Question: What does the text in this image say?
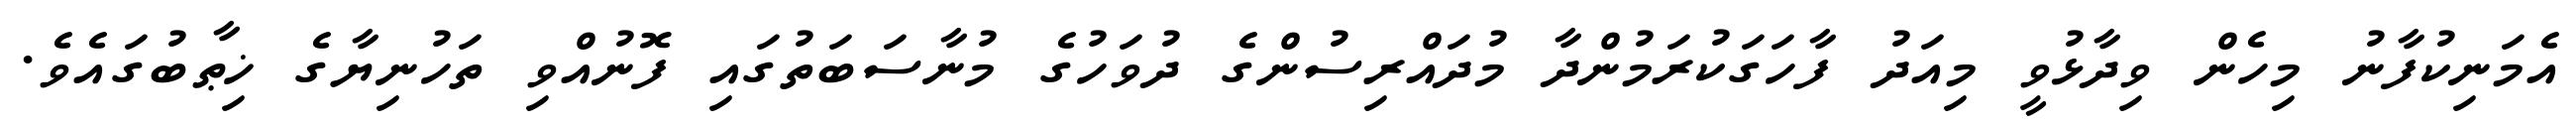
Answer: އެމަނިކުފާނު މިހެން ވިދާޅުވީ މިއަދު ފާހަގަކުރަމުންދާ މުދައްރިސުންގެ ދުވަހުގެ މުނާސަބަތުގައި ފޮނުއްވި ތަހުނިޔާގެ ޚިޠާބުގައެވެ.